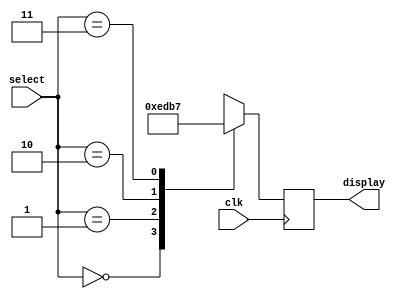
module mux_control_decode (
	input clk,
	input [1:0] select,
	output reg [3:0] display
);

always @ ( posedge clk )
begin
	case ( select )
		2'b00:
			display = 4'b1110;
		2'b01:
			display = 4'b1101;
		2'b10:
			display = 4'b1011;
		2'b11:
			display = 4'b0111;
	endcase
end

endmodule